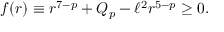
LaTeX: f ( r ) \equiv r ^ { 7 - p } + Q _ { p } - \ell ^ { 2 } r ^ { 5 - p } \ge 0 .